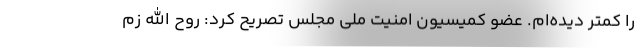
را کمتر دیده‌ام. عضو کمیسیون امنیت ملی مجلس تصریح کرد: روح الله زم